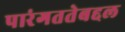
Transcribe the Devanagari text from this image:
पारंगततेबद्दल